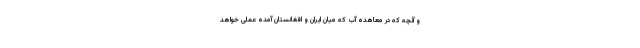
و آنچه که در معاهده آب که میان ایران و افغانستان ‌آمده عملی خواهد